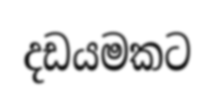
දඩයමකට